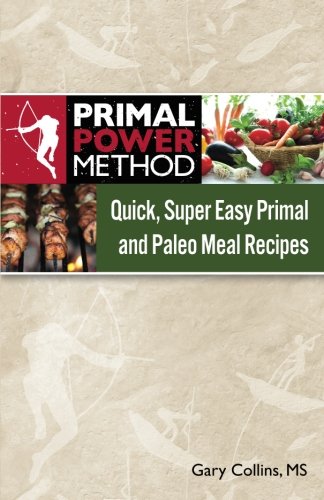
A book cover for Primal Power Method Quick, Super Easy Primal and Paleo Meal Recipes; Gary Collins; Health, Fitness & Dieting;